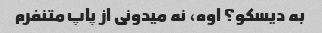
به دیسکو؟ اوه، نه میدونی از پاپ متنفرم